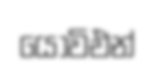
යෝවිඑන්